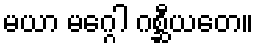
မယာ မဂ္ဂေါ ဂစ္ဆီယတေ။